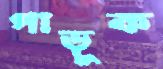
গাড়ুক